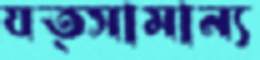
যত্সামান্য